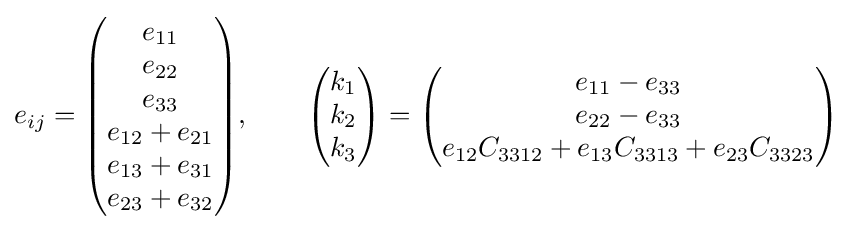
e_{ij}={\begin{pmatrix}{e_{11}}\\{e_{22}}\\{e_{33}}\\{e_{12}+e_{21}}\\{e_{13}+e_{31}}\\{e_{23}+e_{32}}\\\end{pmatrix}},\qquad {\begin{pmatrix}{k_{1}}\\{k_{2}}\\{k_{3}}\\\end{pmatrix}}={\begin{pmatrix}{e_{11}-e_{33}}\\{e_{22}-e_{33}}\\{e_{12}C_{3312}+e_{13}C_{3313}+e_{23}C_{3323}}\\\end{pmatrix}}